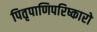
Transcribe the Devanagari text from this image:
पितृपाणिपरिष्कारो